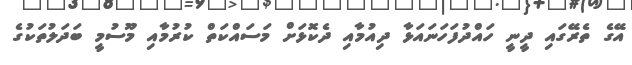
އޭގެ ތެރޭގައި ދީނީ ހައްދުފަހަނައަޅާ ދިއުމާއި ދެކޮޅަށް މަސައްކަތް ކުރުމާއި މޫސުމީ ބަދަލުތަކުގެ